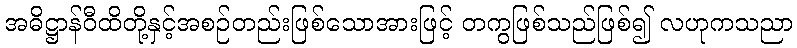
အဓိဋ္ဌာန်ဝီထိတို့နှင့်အစဉ်တည်းဖြစ်သောအားဖြင့် တကွဖြစ်သည်ဖြစ်၍ လဟုကသညာ